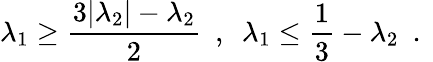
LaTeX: \lambda_{1}\geq\frac{3|\lambda_{2}|-\lambda_{2}}{2}\ \mathrm{~,~}\ \lambda_{1}\leq\frac{1}{3}-\lambda_{2}\ \mathrm{~.~}